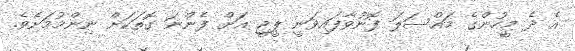
އެ ދެ މީހުންގެ މައްސަލަ ފޮނުވާފައިވަނީ ޕީޖީ އަށް ފެންނަ ގޮތަކަށް ނިންމުމަށެވެ.